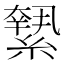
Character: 𦅬